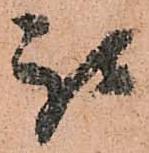
被